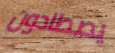
يصطادون